Annual administration and progress report of the Indian Medical Department, Bombay
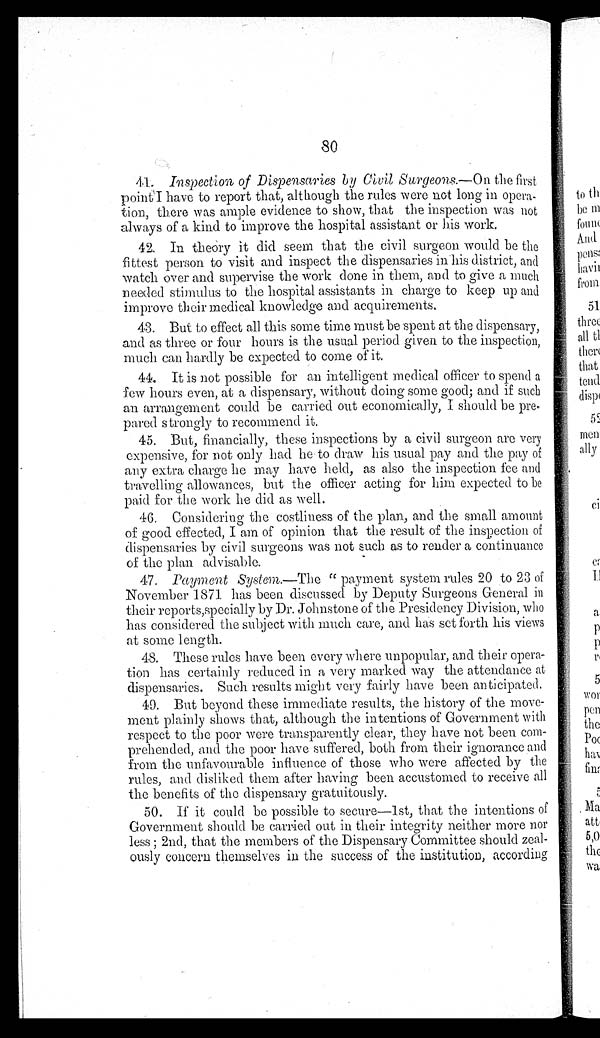
80
41. Inspection of Dispensaries by Civil Surgeons.—On the first
point I have to report that, although the rules were not long in opera
-
tion, there was ample evidence to show, that the inspection was not
always of a kind to improve the hospital assistant or his work.
42. In theory it did seem that the civil surgeon would be the
fittest person to visit and inspect the dispensaries in his district, and
watch over and supervise the work done in them, and to give a much
n e e d e d s t i m u l u s t o t h e h o s p i t a l a s s i s t a n t s i n c h a r g e t o k e e p u p a n d
improve their medical knowledge and acquirements.
43. But to effect all this some time must be spent at the dispensary,
and as three or four hours is the usual period given to the inspection,
much can hardly be expected to come of it.
4 4 . I t i s n o t p o s s i b l e f o r a n i n t e l l i g e n t m e d i c a l o f f i c e r t o s p e n d a
few hours even, at a dispensary, without doing some good; and if such
an arrangement could be carried out economically, I should be pre
-
pared strongly to recommend it.
45. But, financially, these inspections by a civil surgeon are very
expensive, for not only had he to draw his usual pay and the pay of
any extra charge he may have held, as also the inspection fee and
travelling allowances, but the officer acting for him expected to be
paid for the work he did as well.
46. Considering the costliness of the plan, and the small amount
of good effected, I am of opinion that the result of the inspection of
dispensaries by civil surgeons was not such as to render a continuance
of the plan advisable.
47. Payment System.—The " payment system rules 20 to 23 of
November 1871 has been discussed by Deputy Surgeons General in
their reports, specially by Dr. Johnstone of the Presidency Division, who
has considered the subject with much care, and has set forth his views
at some length.
48. These rules have been every where unpopular, and their opera
-
tion has certainly reduced in a very marked way the attendance at
dispensaries. Such results might very fairly have been anticipated.
49. But beyond these immediate results, the history of the move
-
ment plainly shows that, although the intentions of Government with
respect to the poor were transparently clear, they have not been com
-
prehended, and the poor have suffered, both from their ignorance and
from the unfavourable influence of those who were affected by the
rules, and disliked them after having been accustomed to receive all
the benefits of the dispensary gratuitously.
50. If it could be possible to secure—1st, that the intentions of
Government should be carried out in their integrity neither more nor
less ; 2nd, that the members of the Dispensary Committee should zeal
-
ously concern themselves in the success of the institution, according